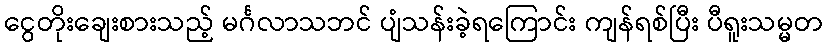
ငွေတိုးချေးစားသည့် မင်္ဂလာသဘင် ပျံသန်းခဲ့ရကြောင်း ကျန်ရစ်ပြီး ပီရူးသမ္မတ